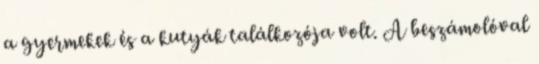
a gyermekek és a kutyák találkozója volt. A beszámolóval